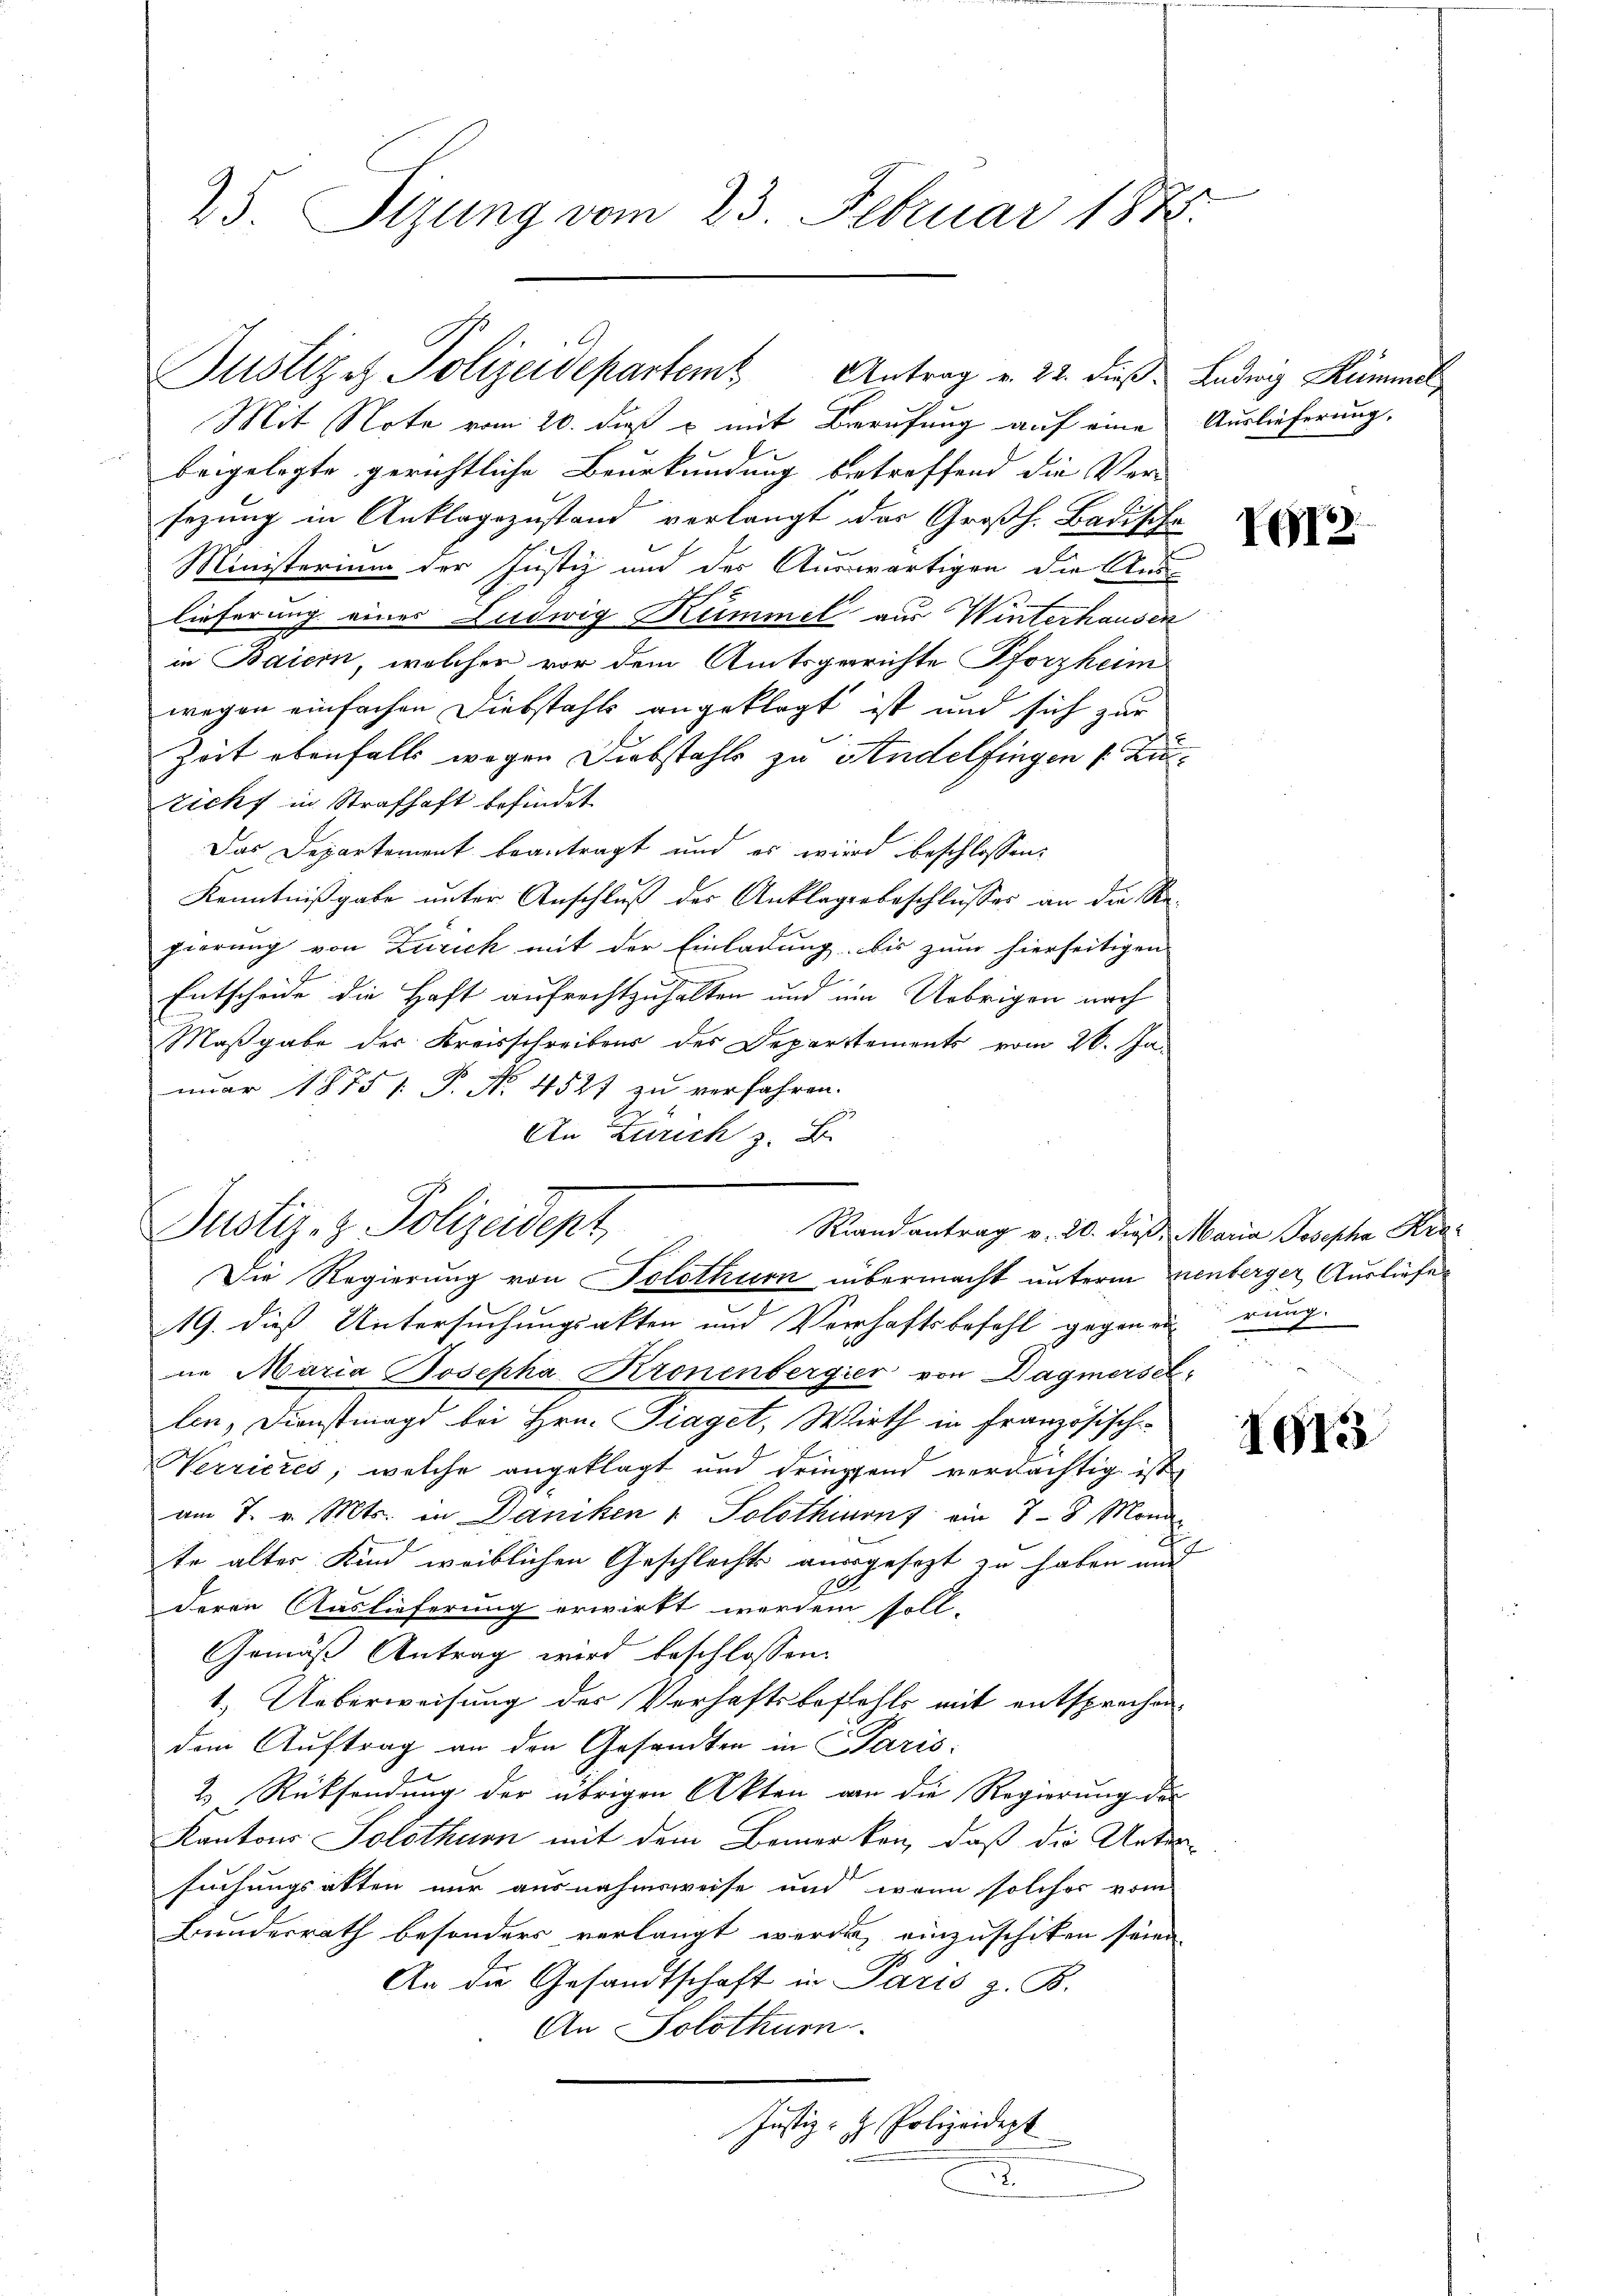
25. Sizung vom 23. Februar 1872.

Mit Note vom 20. dieß & mit Berufung auf eine Auslieferung.
beigelegte gerichtliche Beurkundung betreffend die Ver-
sezung in Anklagezustand verlangt das Großh. Badischa
Ministerium der Justiz und der Auswärtigen die Ans
lieferung eines Ludwig Kümmel aus Winterhausen
in Baiern, welcher vor dem Amtsgerichte Pforzheim
wegen einfachen Diebstahls angeklagt ist und sich zur
Zeit ebenfalls wegen Diebstahls zu Andelfingen Zuzicht in Strafhaft befindet
Das Departement beantragt und es wird beschlossen:
Kenntnißgabe unter Anschluß der Anklagerbeschlusses an die Regierung von Zürich mit der Einladung bis zum hierseitigen
2
Entscheide die Haft aufrechtzuhalten und um Uebrigen nach
Maßgabe des Kreisschreibens des Departements vom 26. Ja-
nuar 1875 P. No. 4527 zu verfahren.
An Zürich z. B.
Die Regierung von Solothurn übermacht unterm venberger Ausliefer
19. dieß Untersuchungsakten und Verhaftsbefehl gegen eurung.
ne Maria Josepha Kronenbergier von Wagmersellin, Dienstmagd bei Hrn. Piaget, Wirth in Französische
Verrieres, welche angeklagt und dringend verdächtig ist
am 7. v. Mts. in Daniken 1 Solothurn ain 7-8 Mond
te alter Kind weiblichen Geschlechte ausgesezt zu haben und
deren Auslieferung erwirkt werden soll.
Gemäß Antrag wird beschlossen:
1. Ueberweisung der Verhaftsbefehls mit entsprechen.
dem Auftrag an den Gesandten in Paris
2 Rücksendung der übrigen Akten von die Regierung die
Kantons Solothurn mit dem Bemerken, daß die Untersuchungsakten nur ausnahmsweise und wenn solches vom
Bunderrath besonders verlangt werden, einzuschiken seien.
An die Gesandtschaft in Paris z. B.
An Solothurn.
Justiz- & Polizeidept
.

Justige Polizeidepartem Antrag v. 22. dieß: Ludwig Kumme,

Justiz- & Polizeidept
Randantrag v. 20. dieß, Maria Josepha Kra¬

VG12

1013